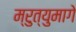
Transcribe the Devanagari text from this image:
म्रुत्युमागे